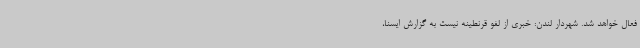
فعال خواهد شد. شهردار لندن: خبری از لغو قرنطینه نیست به گزارش ایسنا،